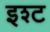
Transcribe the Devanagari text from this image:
इश्ट